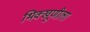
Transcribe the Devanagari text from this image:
भिक्खूणीला